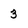
Character: 3